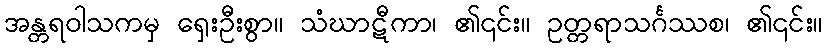
အန္တရဝါသကမှ ရှေးဦးစွာ။ သံဃာဋီကာ၊ ၏၎င်း။ ဥတ္တရာသင်္ဂဿစ၊ ၏၎င်း။